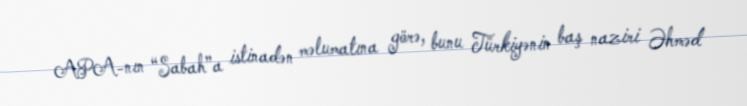
APA-nın “Sabah”a istinadən məlumatına görə, bunu Türkiyənin baş naziri Əhməd